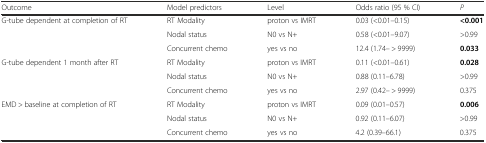
<table><thead><tr><td><b>Outcome</b></td><td><b>Model predictors</b></td><td><b>Level</b></td><td><b>Odds ratio (95 % CI)</b></td><td><b><i>P</i></b></td></tr></thead><tbody><tr><td>G-tube dependent at completion of RT</td><td>RT Modality</td><td>proton vs IMRT</td><td>0.03 (&lt;0.01–0.15)</td><td><b>&lt;0.001</b></td></tr><tr><td>[EMPTY_CELL]</td><td>Nodal status</td><td>N0 vs N+</td><td>0.58 (&lt;0.01–9.07)</td><td>&gt;0.99</td></tr><tr><td>[EMPTY_CELL]</td><td>Concurrent chemo</td><td>yes vs no</td><td>12.4 (1.74– &gt; 9999)</td><td><b>0.033</b></td></tr><tr><td>G-tube dependent 1 month after RT</td><td>RT Modality</td><td>proton vs IMRT</td><td>0.11 (&lt;0.01–0.61)</td><td><b>0.028</b></td></tr><tr><td>[EMPTY_CELL]</td><td>Nodal status</td><td>N0 vs N+</td><td>0.88 (0.11–6.78)</td><td>&gt;0.99</td></tr><tr><td>[EMPTY_CELL]</td><td>Concurrent chemo</td><td>yes vs no</td><td>2.97 (0.42– &gt; 9999)</td><td>0.375</td></tr><tr><td>EMD &gt; baseline at completion of RT</td><td>RT Modality</td><td>proton vs IMRT</td><td>0.09 (0.01–0.57)</td><td><b>0.006</b></td></tr><tr><td>[EMPTY_CELL]</td><td>Nodal status</td><td>N0 vs N+</td><td>0.92 (0.11–6.07)</td><td>&gt;0.99</td></tr><tr><td>[EMPTY_CELL]</td><td>Concurrent chemo</td><td>yes vs no</td><td>4.2 (0.39–66.1)</td><td>0.375</td></tr></tbody></table>